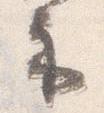
示